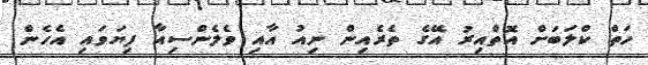
ހަތް ކްލަބަށް އޮތްއިރު އޭގެ ތެރެއިން ނިއު އާއި ވެލެންސިއާ ފިޔަވައި އެހެން